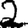
Digit: 2